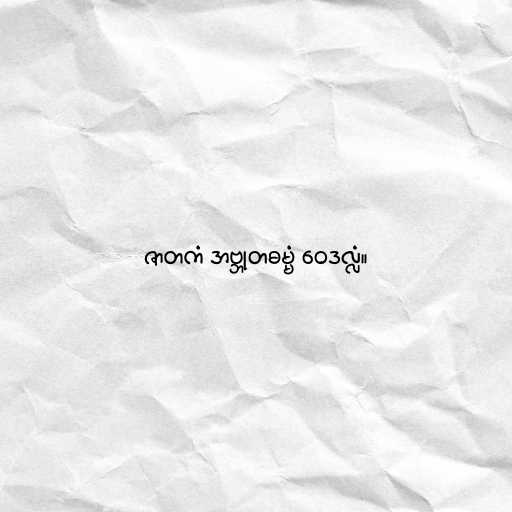
ဇာတကံ အဗ္ဘုတဓမ္မံ ဝေဒလ္လံ။